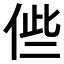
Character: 𠉃